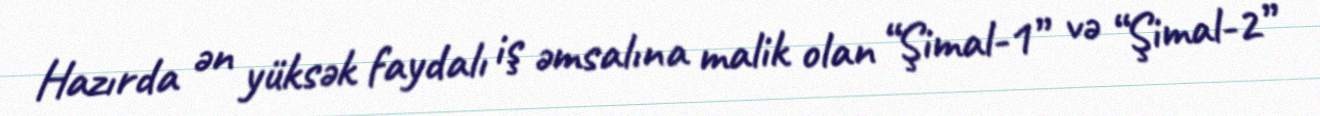
Hazırda ən yüksək faydalı iş əmsalına malik olan “Şimal-1” və “Şimal-2”